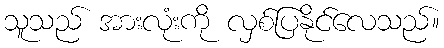
သူသည် အားလုံးကို လှစ်ပြနိုင်လေသည်။